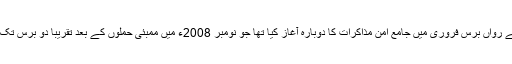
پاکستان اور بھارت نے رواں برس فروری میں جامع امن مذاکرات کا دوبارہ آغاز کیا تھا جو نومبر 2008ء میں ممبئی حملوں کے بعد تقریباً دو برس تک تعطل کا شکار رہے۔